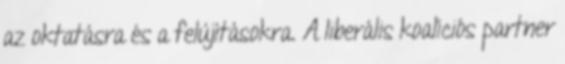
az oktatásra és a felújításokra. A liberális koalíciós partner